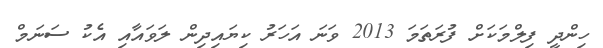
ހިންދީ ފިލްމަކަށް ފުރަތަމަ 2013 ވަނަ އަަހަރު ކިޔައިދިން ލަވައާއި އެކު ސަނަމް